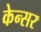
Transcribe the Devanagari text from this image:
केन्सर